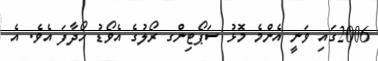
2006ގައި ވަނީ އެންމެ މޮޅު ސަޕޯޓިންގ ރޯލުގެ އެވޯޑު ހޯދާފަ އެވެ. އެ